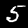
Label: 5